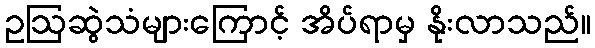
ဥဩဆွဲသံများကြောင့် အိပ်ရာမှ နိုးလာသည်။